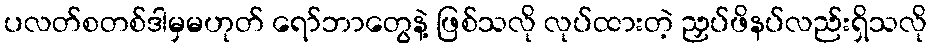
ပလတ်စတစ်ဒါမှမဟုတ် ရော်ဘာတွေနဲ့ ဖြစ်သလို လုပ်ထားတဲ့ ညှပ်ဖိနပ်လည်းရှိသလို